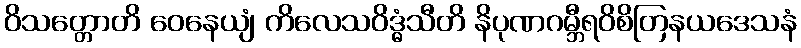
ဝိသတ္တောတိ ဝေနေယျံ ကိလေသဝိဒ္ဓံသီတိ နိပုဏဂမ္ဘီရဝိစိတြနယဒေသနံ